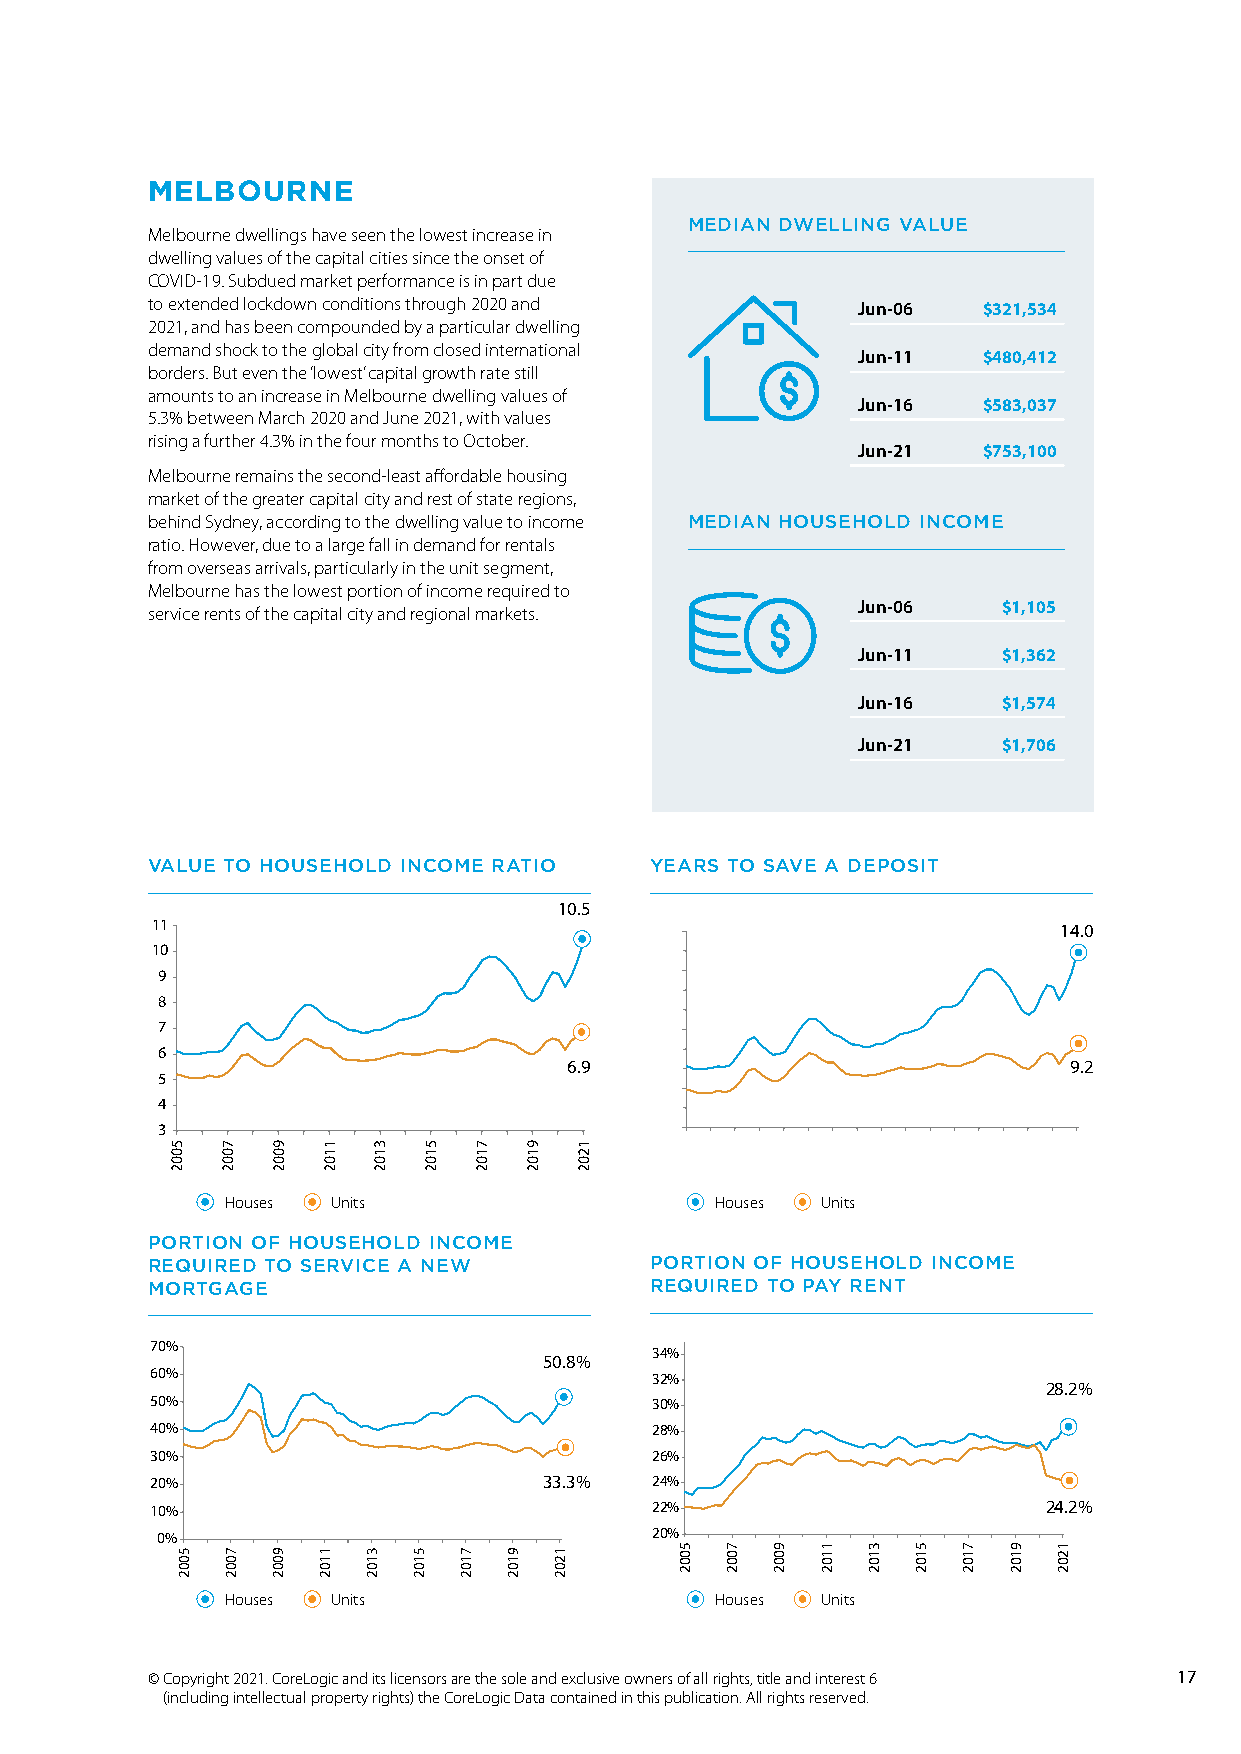
MELBOURNE
 MEDIAN DWELLING VALUE
 Melbourne dwellings have seen the lowest increase in
 dwelling values of the capital cities since the onset of
 COVID-19. Subdued market performance is in part due
 to extended lockdown conditions through 2020 and Jun-06 $321,534
 2021, and has been compounded by a particular dwelling
 demand shock to the global city from closed international
 Jun-11  $480,412
 borders. But even the ‘lowest’ capital growth rate still
 amounts to an increase in Melbourne dwelling values of
 Jun-16  $583,037
 5.3% between March 2020 and June 2021, with values
 rising a further 4.3% in the four months to October.
 Jun-21  $753,100
 Melbourne remains the second-least affordable housing
 market of the greater capital city and rest of state regions,
 behind Sydney, according to the dwelling value to income MEDIAN HOUSEHOLD INCOME
 ratio. However, due to a large fall in demand for rentals
 from overseas arrivals, particularly in the unit segment,
 Melbourne has the lowest portion of income required to
 service rents of the capital city and regional markets. Jun-06 $1,105
 Jun-11   $1,362
 Jun-16   $1,574
 Jun-21   $1,706
 VALUE TO HOUSEHOLD INCOME RATIO  YEARS TO SAVE A DEPOSIT
 10.5
 11                                                          14.0
 10
 9
 8
 7
 6
 6.9                              9.2
 5
 4
 3
 Houses Units                    Houses Units
 PORTION OF HOUSEHOLD INCOME
 REQUIRED TO SERVICE A NEW        PORTION OF HOUSEHOLD INCOME
 MORTGAGE                         REQUIRED TO PAY RENT
 70%
 34%
 50.8%
 60%                              32%
 28.2%
 50%                              30%
 40%                              28%
 30%                              26%
 20%                       33.3%  24%
 10%                              22%                       24.2%
 0%                               20%
 Houses Units                    Houses Units
 © Copyright 2021. CoreLogic and its licensors are the sole and exclusive owners of all rights, title and interest 6 17
 (including intellectual property rights) the CoreLogic Data contained in this publication. All rights reserved.
 5002
 5002
 7002
 7002
 9002
 9002
 1102
 1102 3102
 3102
 5102
 5102
 7102
 7102
 9102
 9102
 1202
 1202
 5002 7002 9002 1102 3102 5102 7102 9102 1202